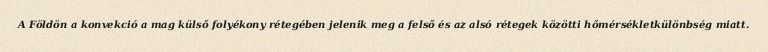
A Földön a konvekció a mag külső folyékony rétegében jelenik meg a felső és az alsó rétegek közötti hőmérsékletkülönbség miatt.